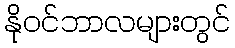
နိုဝင်ဘာလများတွင်